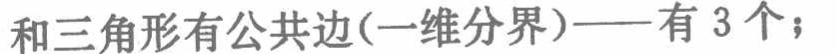
和三角形有公共边(一维分界)——有 3 个；